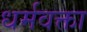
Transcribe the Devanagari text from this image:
धर्मवक्ता